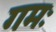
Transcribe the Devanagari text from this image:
गमः